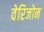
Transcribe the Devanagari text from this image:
वेरिजोन